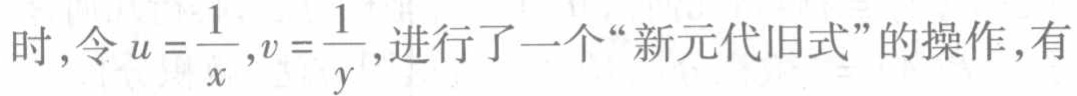
时，令 \(u = \frac{1}{x},v = \frac{1}{y}\)，进行了一个“新元代旧式”的操作，有